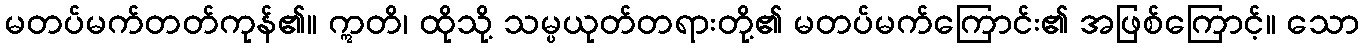
မတပ်မက်တတ်ကုန်၏။ ဣတိ၊ ထိုသို့ သမ္ပယုတ်တရားတို့၏ မတပ်မက်ကြောင်း၏ အဖြစ်ကြောင့်။ သော